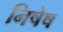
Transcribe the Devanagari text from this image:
निषेष